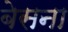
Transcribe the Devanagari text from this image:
बेसना